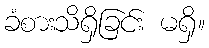
ခံစားသိရှိခြင်း မရှိ။